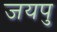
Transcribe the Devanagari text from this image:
जयपु